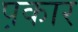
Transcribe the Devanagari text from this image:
प़कार